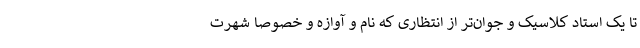
تا یک استاد کلاسیک و جوان‌تر از انتظاری که نام و آوازه و خصوصاً شهرت